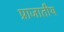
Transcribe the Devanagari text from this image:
प्राजातीय